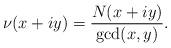
LaTeX: \begin{align*}\nu(x+iy) = \frac{N(x+iy)}{{\rm gcd}(x,y)}.\end{align*}